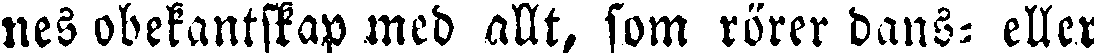
nes obekantstap med allt, som rörer dans- eller